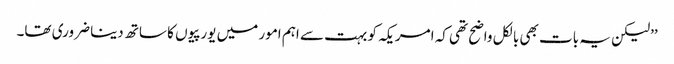
’’لیکن یہ بات بھی بالکل واضح تھی کہ امریکہ کو بہت سے اہم امور میں یورپیوں کا ساتھ دینا ضروری تھا۔